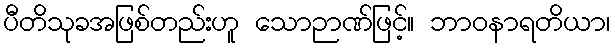
ပီတိသုခအဖြစ်တည်းဟူ သောဉာဏ်ဖြင့်။ ဘာဝနာရတိယာ၊